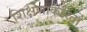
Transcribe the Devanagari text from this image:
शिक्षणाकरितां